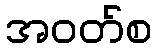
အဝတ်စ